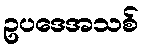
ဥပဒေအသစ်